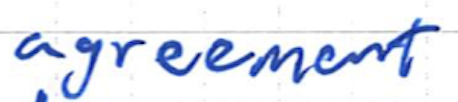
Text: agreement
Cross-out: clean
Writing tool: ballpoint